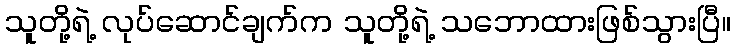
သူတို့ရဲ့ လုပ်ဆောင်ချက်က သူတို့ရဲ့ သဘောထားဖြစ်သွားပြီ။